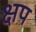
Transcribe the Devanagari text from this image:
क्षप